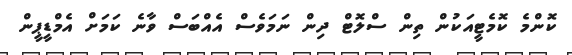
ކޮންމެ ކޮމެޓީއަކުން ތިން ސްލޮޓް ދިން ނަމަވެސް އެއްބަސް ވާނެ ކަމަށް އެމްޑީޕީން